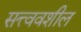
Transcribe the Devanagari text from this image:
सत्त्ववशील